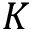
K